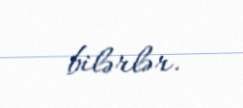
bilərlər.